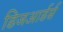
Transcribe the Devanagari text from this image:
डिजआर्डर्स